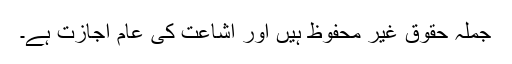
جملہ حقوق غیر محفوظ ہیں اور اشاعت کی عام اجازت ہے۔